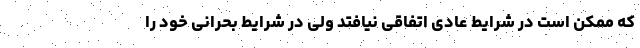
که ممکن است در شرایط عادی اتفاقی نیافتد ولی در شرایط بحرانی خود را